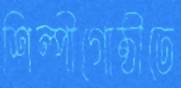
শিল্পীগোষ্ঠীতে